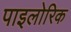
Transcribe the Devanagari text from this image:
पाइलोरिक